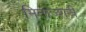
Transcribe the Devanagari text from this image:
मिनाज्शरी